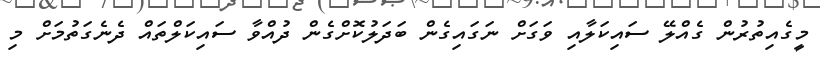
މީގެއިތުރުން ގެއްލޭ ސައިކަލާއި ވަގަށް ނަގައިގެން ބަދަލުކޮށްގެން ދުއްވާ ސައިކަލްތައް ދެނެގަތުމަށް މި